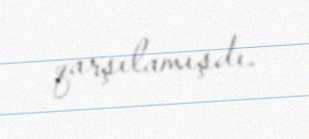
qarşılamışdı.